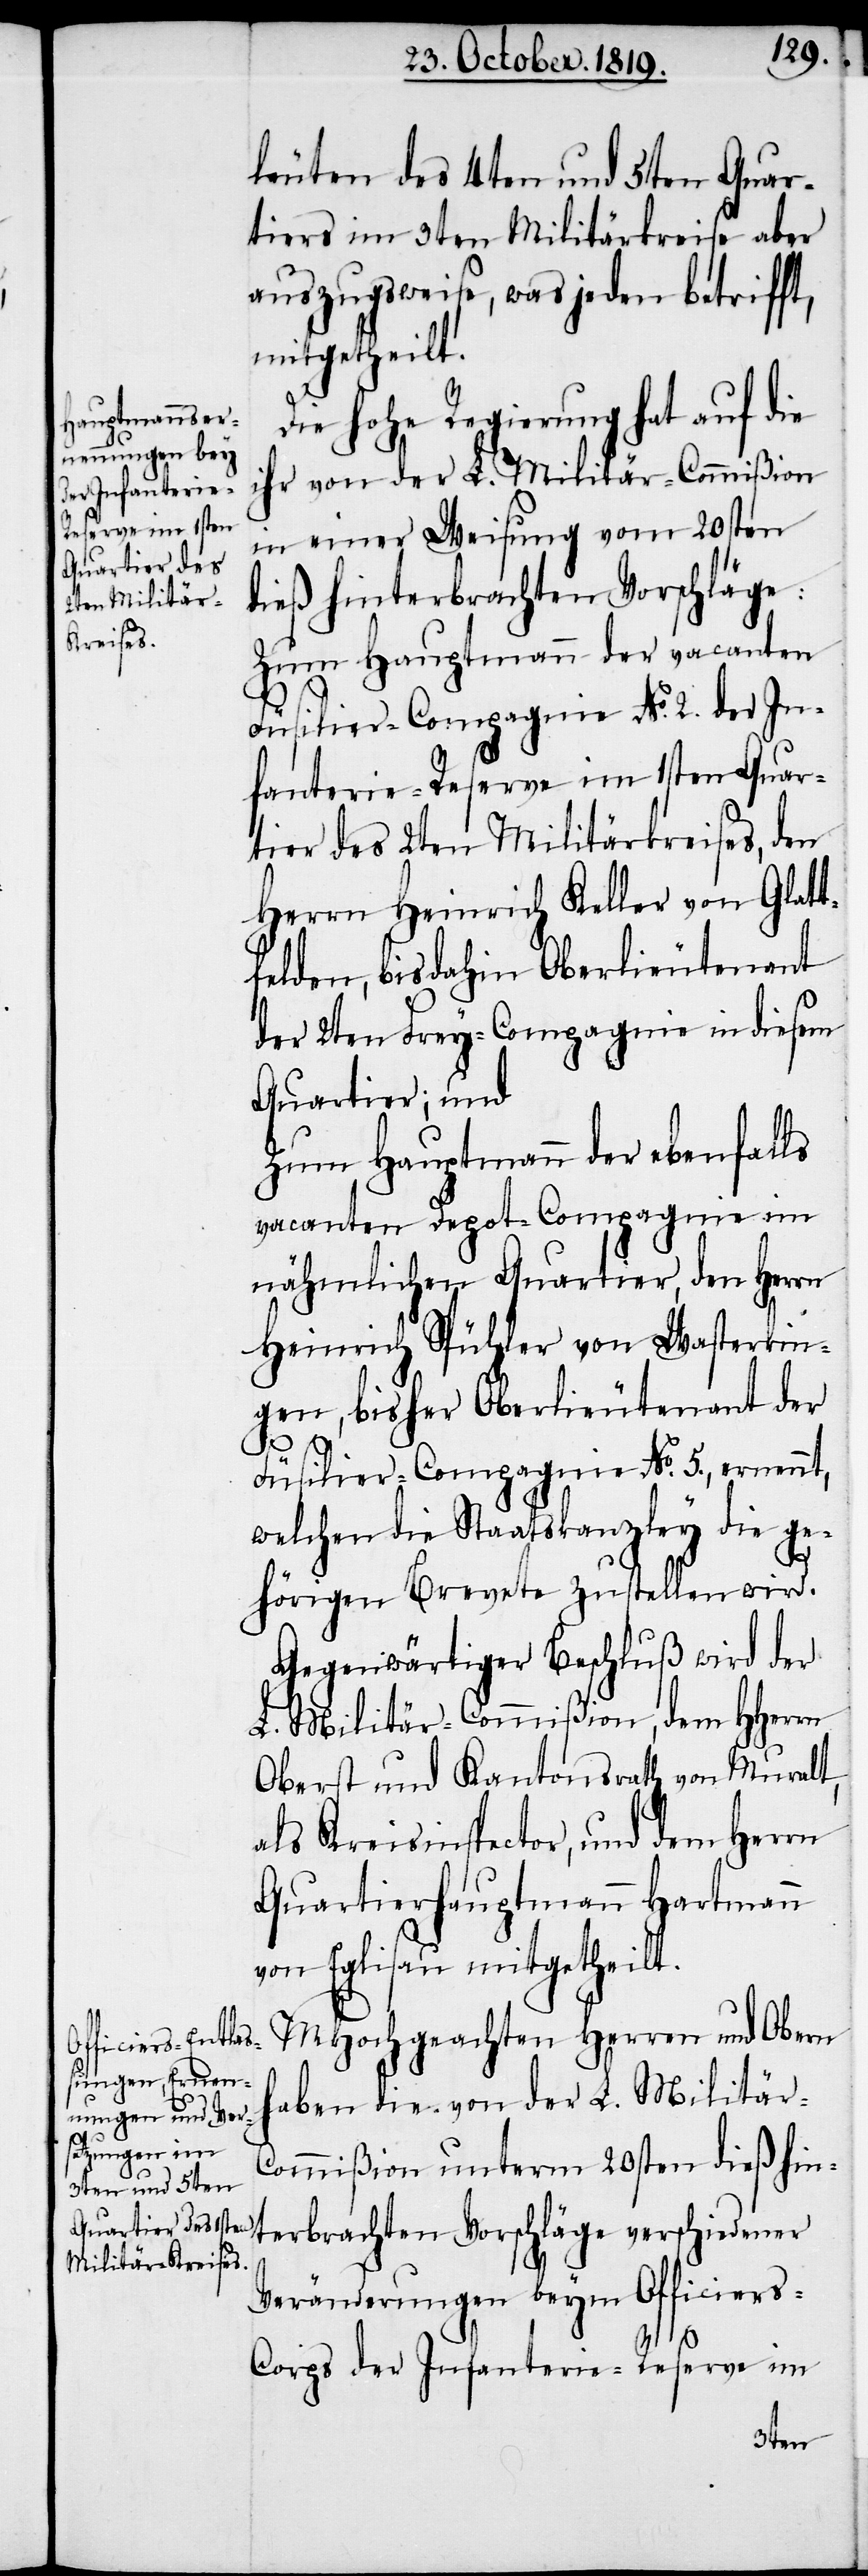
leuten des 4ten und 5ten Quar¬
tiers im 3ten Militärkreise aber
auszugsweise, was jeden betrifft,
mitgetheilt.
Die hohe Regierung hat auf die
ihr von der L. Militär-Commißion
in einer Weisung vom 20sten
dieß hinterbrachten Vorschläge:
Zum Hauptmann der vacanten
Füsilier-Compagnie No. 2. der In¬
fanterie-Reserve im 1sten Quar¬
tier des 2ten Militärkreises, den
Herrn Heinrich Keller von Glatt¬
felden, bisdahin Oberlieutenant
der 2ten Frey-Commißion in disem
Quartier; und
Zum Hauptmann der ebenfalls
vacanten Depot-Compagnie im
nähmlichen Quartier, den Herrn
Heinrich Spühler von Wasterkin¬
gen, bisher Oberlieutenant der
Füsilier-Commißion No. 5., ernennt,
welchen die Staatskanzley die ge¬
hörigen Brevete zustellen wird.
Gegenwärtiger Beschluß wird der
L. Militär-Commißion, dem HHerrn
Oberst und Kantonsrath von Muralt,
als Kreisinspector, und dem Herrn
Quartierhauptmann Hartmann
von Eglisau mitgetheilt.
MHochgeachten Herren und Obern
haben die von der L. Militär-C¬
ommißion unterm 20sten dieß hin¬
terbrachten Vorschläge verschiedener
Veränderungen beym Officiers-C¬
orps der Infanterie-Reserve im